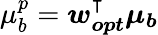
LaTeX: \mu_{b}^{p}=\boldsymbol{w_{opt}^{\intercal}\mu_{b}}